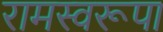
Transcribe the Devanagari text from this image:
रामस्वरूपा